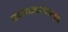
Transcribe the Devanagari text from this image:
खडकाखालून